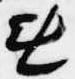
無